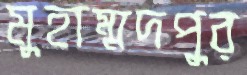
মুহাম্মদপুর